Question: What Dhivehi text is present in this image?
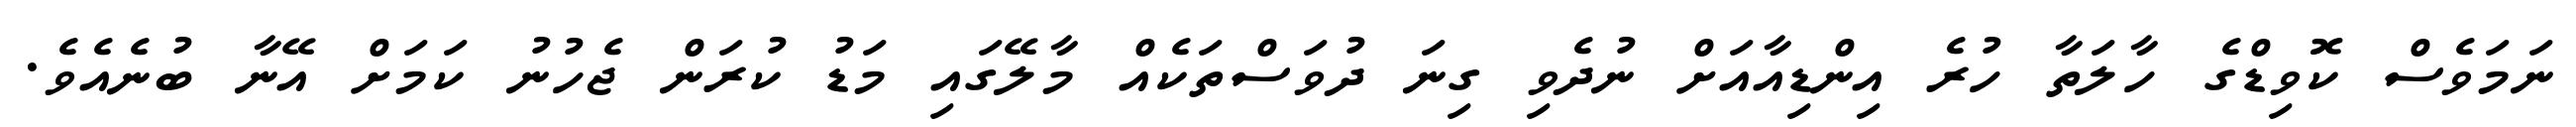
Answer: ނަމަވެސް ކޮވިޑްގެ ހާލަތާ ހުރެ އިންޑިއާއަށް ނުދެވި ގިނަ ދުވަސްތަކެއް މާލޭގައި މަޑު ކުރަން ޖެހުނު ކަމަށް އޭނާ ބުނެއެވެ.